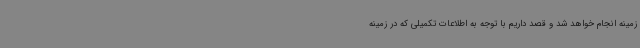
زمینه انجام خواهد شد و قصد داریم با توجه به اطلاعات تکمیلی که در زمینه